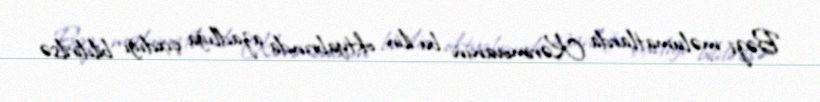
Bəzi məlumatlarda Kərimovanın bu ilin oktyabrında azadlığa çıxdığı bildirilsə